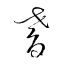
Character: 耆